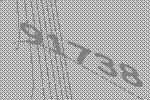
91738